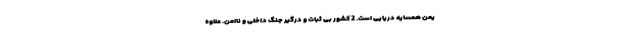
یمن همسایه دریایی است. 2 کشور بی ثبات و درگیر جنگ داخلی و ناامن. علاوه